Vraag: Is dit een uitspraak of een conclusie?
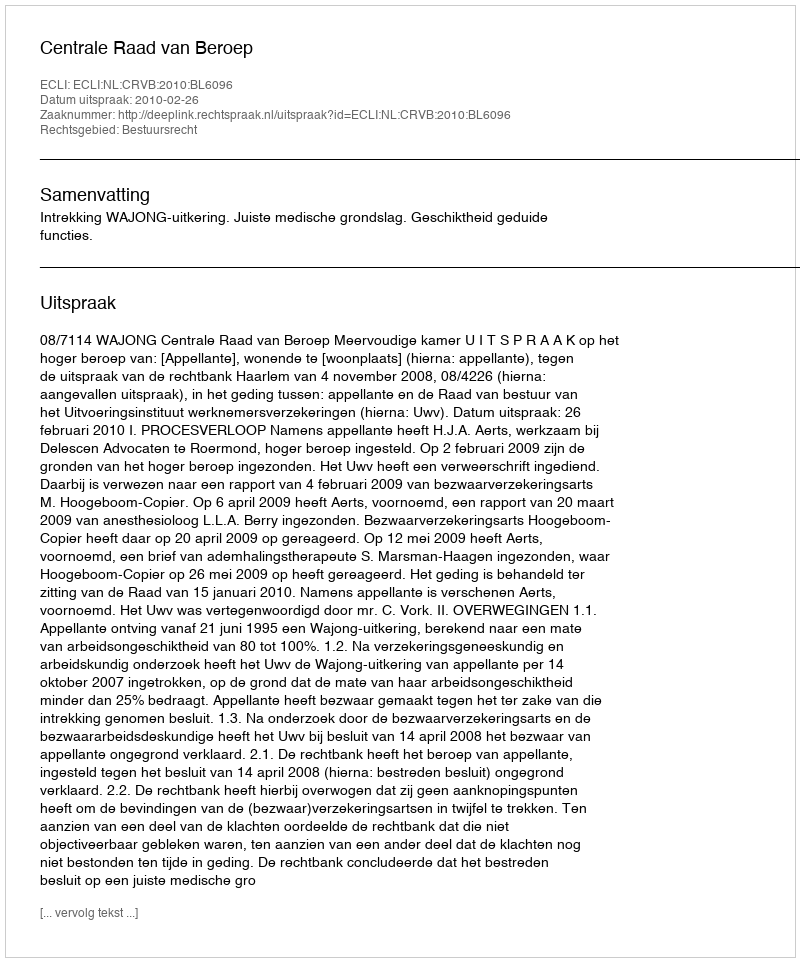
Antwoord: Uitspraak